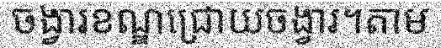
ចង្វារខណ្ឌជ្រោយចង្វារ។តាម